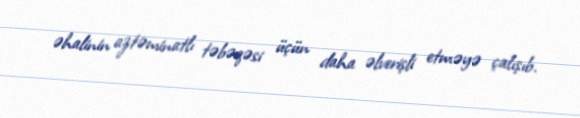
əhalinin aztəminatlı təbəqəsi üçün daha əlverişli etməyə çalışıb.